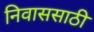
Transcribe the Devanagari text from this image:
निवाससाठी